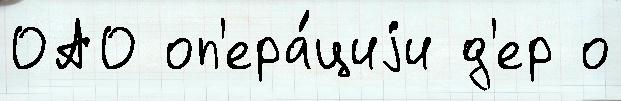
ОАО оп'ера́циjи д'ер о